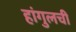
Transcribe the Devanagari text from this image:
हांगुलची